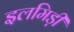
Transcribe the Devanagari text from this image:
इलमिड़ी